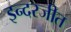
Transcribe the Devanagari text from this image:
इन्दरजीत